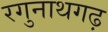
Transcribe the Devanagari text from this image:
रगुनाथगढ़